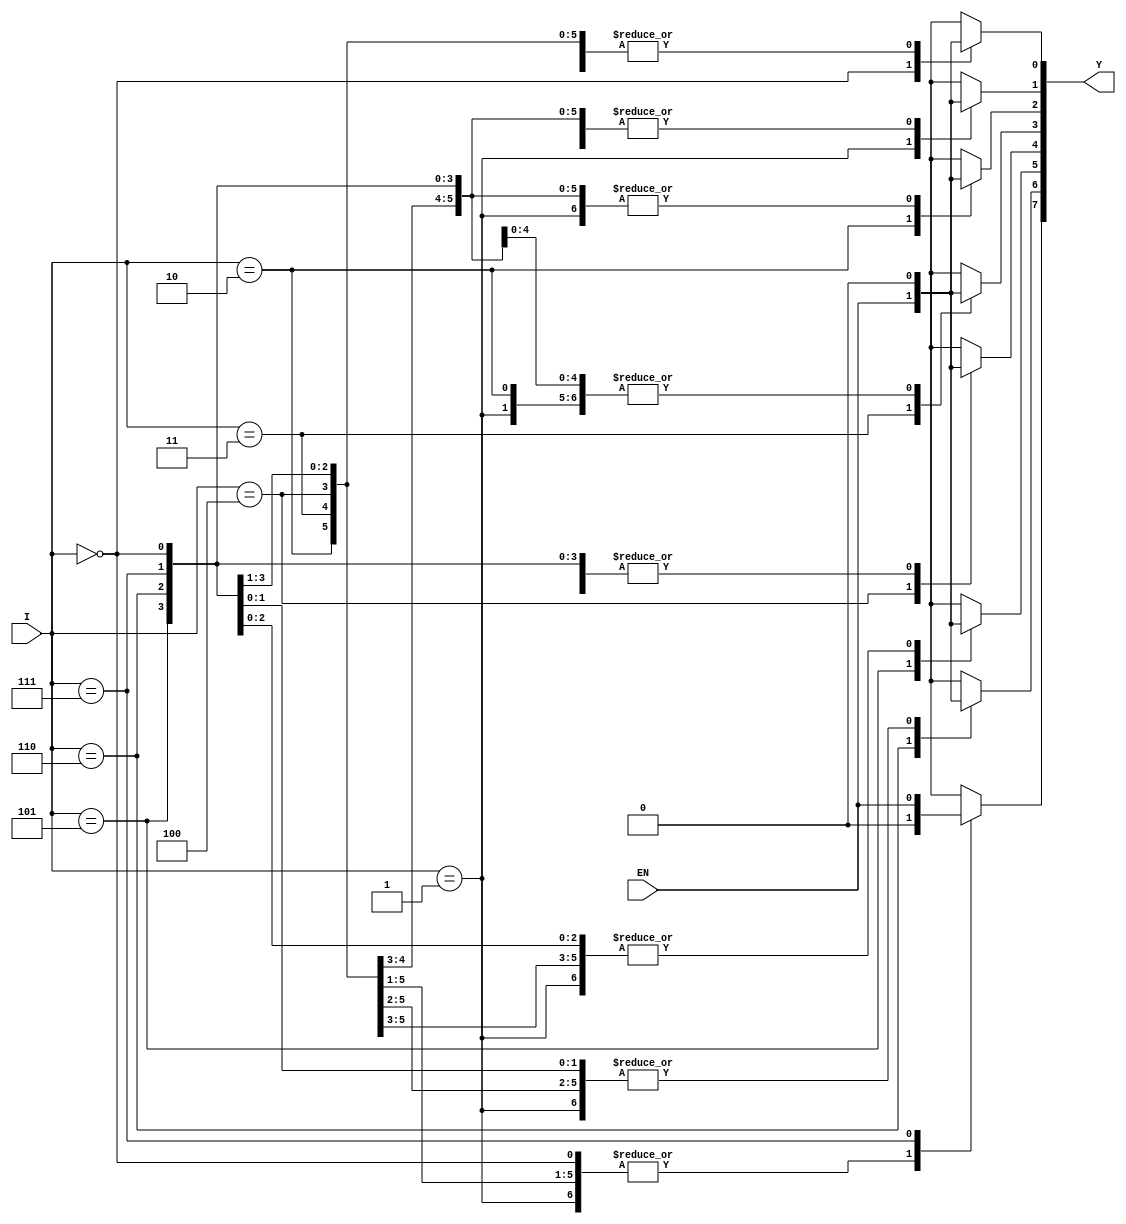
`timescale 1ns / 1ps


module demux(
    input  EN,
    input [2:0] I,
    output reg [7:0] Y
    
    );
    
    always@(I,EN)
    begin
        case(I)
            3'b000: begin
                Y[0] <= EN;
                Y[7:1] = 0;
               
            end
            3'b001: begin
                Y[1] <= EN;
                Y[0] = 0;
                Y[7:2] = 0;
               
            end
            3'b010: begin
                Y[2] <= EN;
                Y[1:0] = 0;
                Y[7:3] = 0;
           
            end
            3'b011: begin
            Y[3] <= EN;
            Y[2:0] = 0;
            Y[7:4] = 0;
         
            end
            3'b100: begin
            Y[4] <= EN;
            Y[3:0] = 0;
            Y[7:5] = 0;
         
            end
            3'b101: begin
            Y[5] <= EN;
            Y[7:6] = 0;
            Y[4:0] = 0;
          
            end
            3'b110: begin
            Y[6] <= EN;
            Y[7] = 0;
            Y[5:0] = 0;
         
            end
            3'b111: begin
            Y[7] <= EN;
            Y[6:0] = 0;
    
            end
            default: Y[0] = 0;
        endcase
    end

    
endmodule